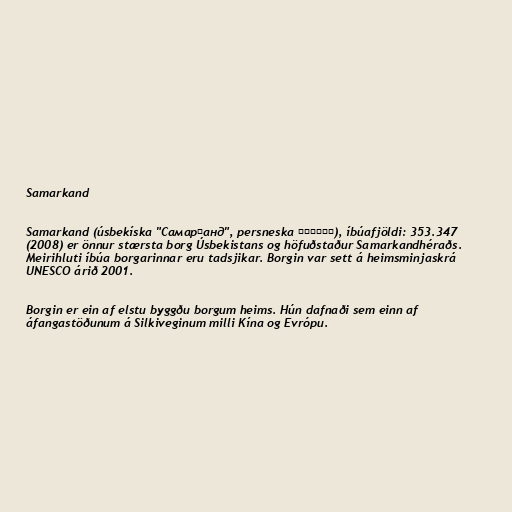
Samarkand

Samarkand (úsbekíska "Самарқанд", persneska سمرقند), íbúafjöldi: 353.347
(2008) er önnur stærsta borg Úsbekistans og höfuðstaður Samarkandhéraðs.
Meirihluti íbúa borgarinnar eru tadsjikar. Borgin var sett á heimsminjaskrá
UNESCO árið 2001.

Borgin er ein af elstu byggðu borgum heims. Hún dafnaði sem einn af
áfangastöðunum á Silkiveginum milli Kína og Evrópu.